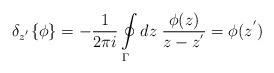
LaTeX: \begin{align*}{\delta}_{z^{'}}\{\phi\}=-\frac {1} {2\pi i}\oint\limits_{\Gamma}dz\; \frac {\phi(z)} {z-z^{'}}=\phi(z^{'})\end{align*}